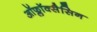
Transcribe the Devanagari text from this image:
ऑफ्लॉक्सैसिन